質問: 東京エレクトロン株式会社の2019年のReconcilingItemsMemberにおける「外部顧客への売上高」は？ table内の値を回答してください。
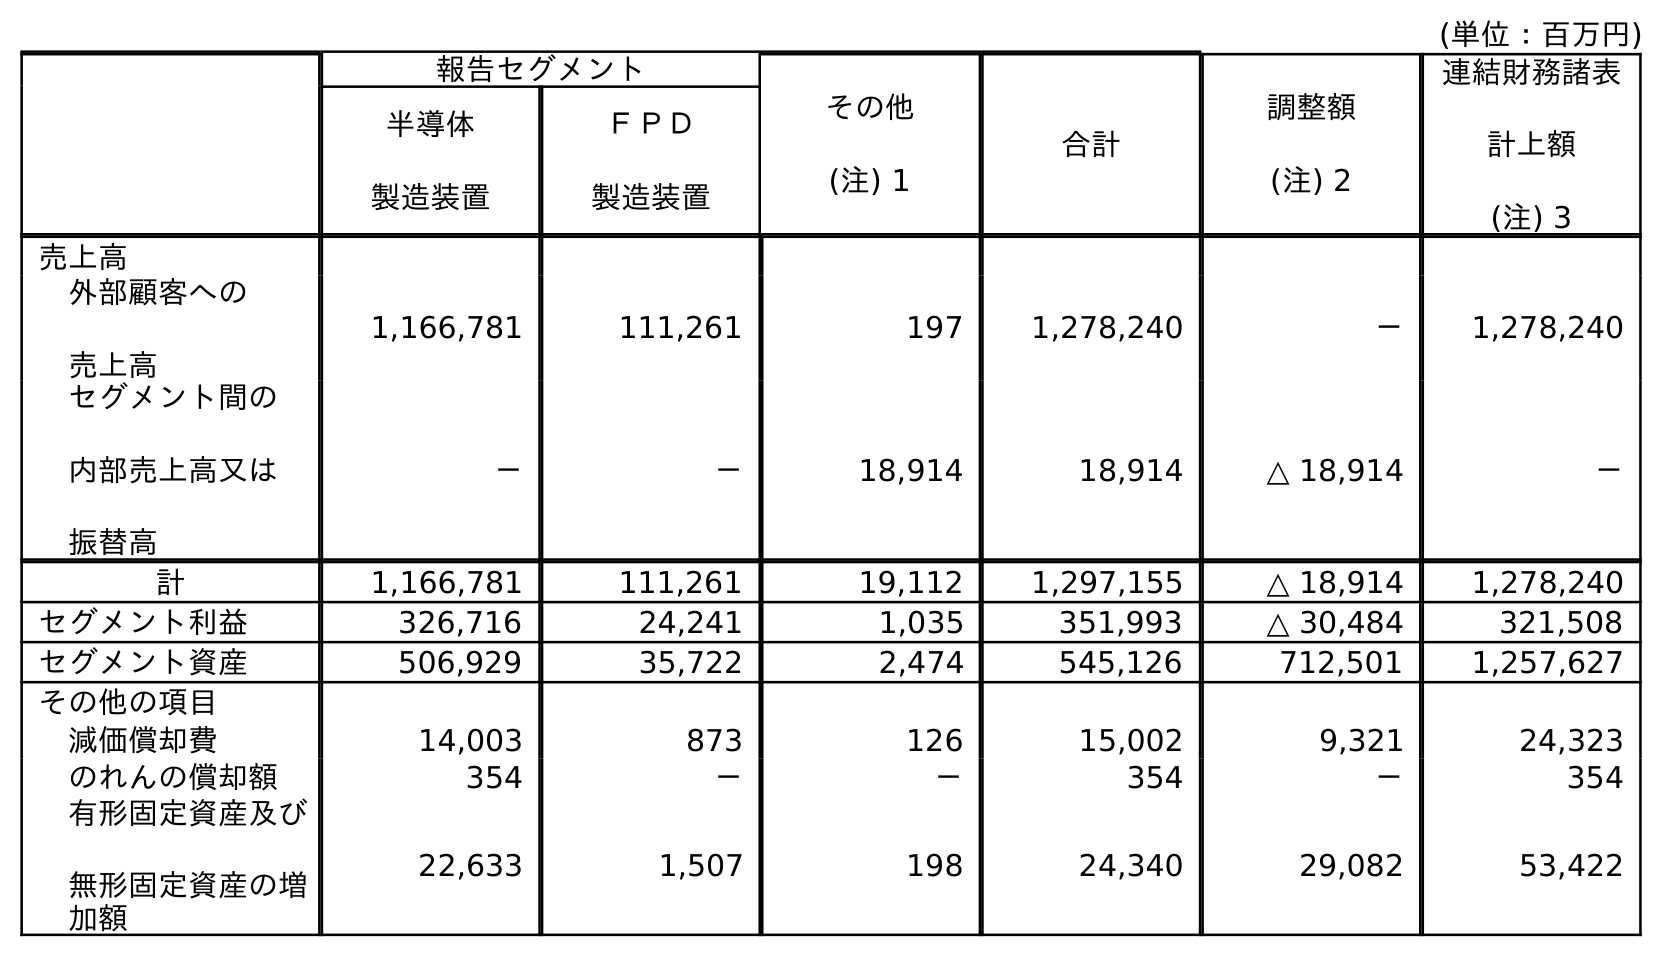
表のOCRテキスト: (単位：百万円) 報告セグメント その他 (注) 1 合計 調整額 (注) 2 連結財務諸表 計上額 (注) 3 半導体 製造装置 ＦＰＤ 製造装置 売上高 外部顧客への 売上高 1,166,781 111,261 197 1,278,240 － 1,278,240 セグメント間の 内部売上高又は 振替高 － － 18,914 18,914 △ 18,914 － 計 1,166,781 111,261 19,112 1,297,155 △ 18,914 1,278,240 セグメント利益 326,716 24,241 1,035 351,993 △ 30,484 321,508 セグメント資産 506,929 35,722 2,474 545,126 712,501 1,257,627 その他の項目 減価償却費 14,003 873 126 15,002 9,321 24,323 のれんの償却額 354 － － 354 － 354 有形固定資産及び 無形固定資産の増 加額 22,633 1,507 198 24,340 29,082 53,422
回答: －